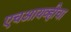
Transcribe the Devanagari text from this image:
एचआयव्हीचा